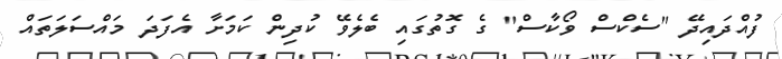
ފުއްދައިދޭ "ސެކްސް ވޯކާސް" ގެ ގޮތުގައި ބެލެވޭ ކުދިން ކަމަށާ އެފަދަ މައްސަލަތައް